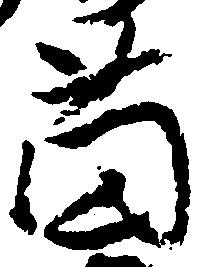
薗